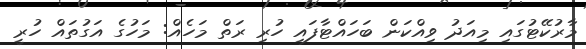
މާރުކޭޓުގައި މިއަދު ވިއްކަން ބަހައްޓާފައި ހުރި ރަތް މަހެއް: މަހުގެ އަގުތައް ހުރީ